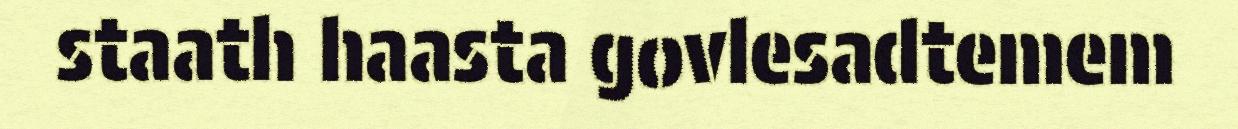
staath haasta govlesadtemem